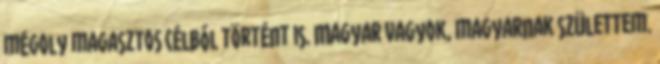
mégoly magasztos célból történt is. Magyar vagyok, magyarnak születtem.